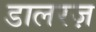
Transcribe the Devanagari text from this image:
डालरज़